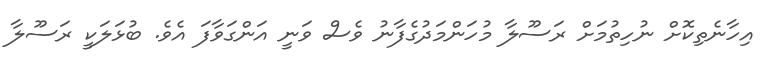
އިހާނެތިކޮށް ނުހިތުމަށް ރަސޫލާ މުހަންމަދުގެފާނު ވެސް ވަނީ އަންގަވާފަ އެވެ. ބުޅަލަކީ ރަސޫލާ